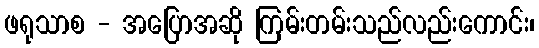
ဖရုသာစ - အပြောအဆို ကြမ်းတမ်းသည်လည်းကောင်း၊